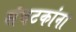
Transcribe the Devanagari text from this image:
संघटकांना